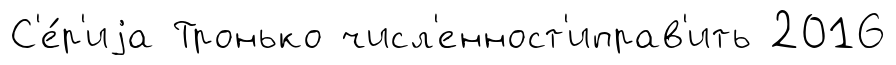
С'е́р'иjа Тронько числ'енност'иправ'ить 2016